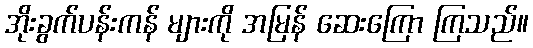
အိုးခွက်ပန်းကန် များကို အမြန် ဆေးကြော ကြသည်။